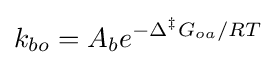
k_{bo}=A_{b}e^{-\Delta ^{\ddagger }G_{oa}/RT}